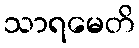
သာရမေတိ